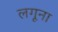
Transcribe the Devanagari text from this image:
लगूना